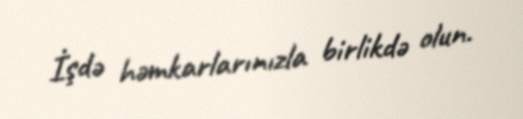
İşdə həmkarlarınızla birlikdə olun.